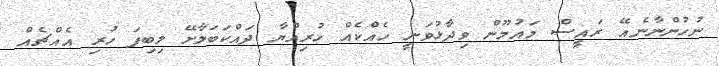
ނުހުންނާނެއޭ ރައީސް މައުމޫން ވިދާޅުވަނީ ހެއްކެއް ހުރިއްޔާ ދައްކަބަލާށޭ ލިބިފަ ހުރި އެއްޗެއް